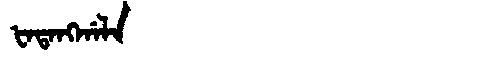
Manchu: ᡶᠠᡨᠠᠩᡤᠠᠯᠠ
Romanization: FATANGGALA